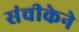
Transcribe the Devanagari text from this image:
संचीकेने